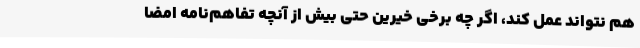
هم نتواند عمل کند، اگر چه برخی خیرین حتی بیش از آنچه تفاهم‌نامه امضا